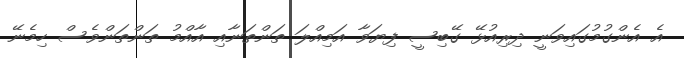
އެ އެންގުމުގައިވަނީ ދިރިއުޅޭ ގޭބިސީ ފިޔަވާ އަމިއްލަ ތަންތަނާއި އާއްމު ތަންތަންވެސް ހިމެނޭ